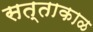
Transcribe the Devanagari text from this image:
सत्ताकाळ